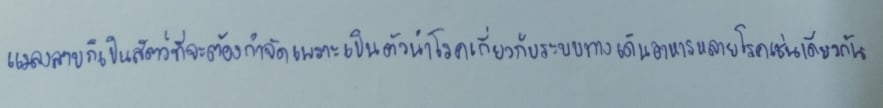
แมลงสาบก็เป็นสัตว์ที่จะต้องกำจัดเพราะเป็นตัวนำโรคเกี่ยวกับระบบทางเดินอาหารหลายโรคเช่นเดียวกัน